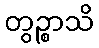
တွဉ္စာသိ